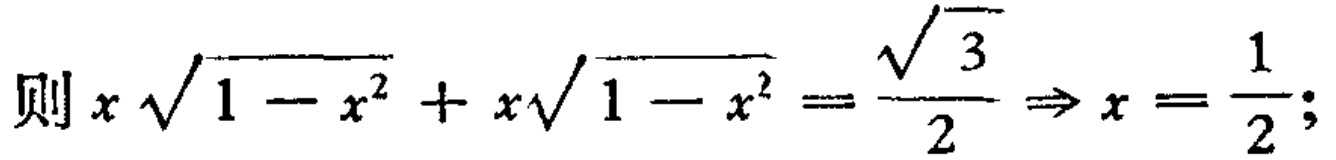
则\(x\sqrt{1 - x^{2}} + x\sqrt{1 - x^{2}} = \frac{\sqrt{3}}{2} \Rightarrow x = \frac{1}{2}\);